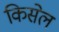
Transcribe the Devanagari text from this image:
किसेल